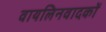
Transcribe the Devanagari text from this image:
वायलिनवादकों